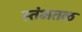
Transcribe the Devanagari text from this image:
स्तंभतळ